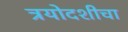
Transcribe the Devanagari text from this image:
त्रयोदशीचा